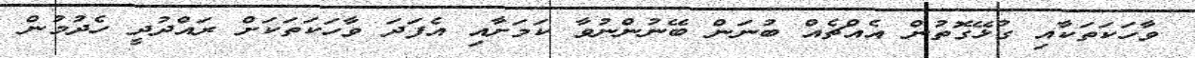
ވާހަކަތަކާއި ގުޅޭގޮތުން އެއްޗެއް ބުނަން ބޭނުންނުވާ ކަމަށާއި އެފަދަ ވާހަކަތަކަށް ރައްދުދީ ހެދުމުން